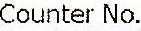
COUNTER NO.